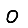
Digit: 0